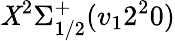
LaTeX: \mathit{X}^{2}\Sigma_{1/2}^{+}(v_{1}2^{2}0)